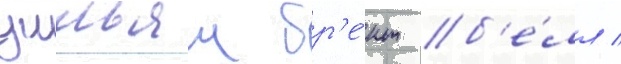
уильям бр'е́нт б'е́лл /